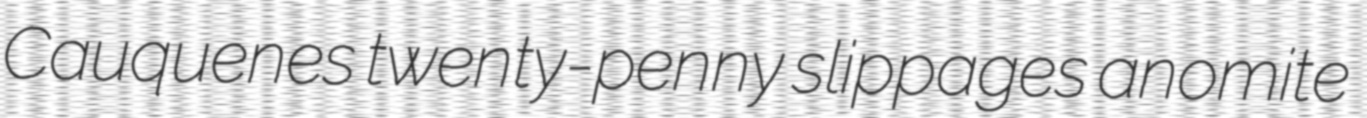
Cauquenes twenty-penny slippages anomite